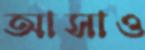
আসাও